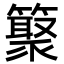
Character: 𥵫